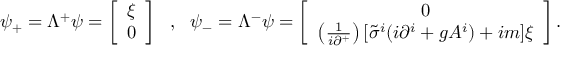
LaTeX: \psi _ { + } = \Lambda ^ { + } \psi = \left[ \begin{array} { l } { { \xi } } \\ { { 0 } } \end{array} \right] ~ ~ , ~ ~ \psi _ { - } = \Lambda ^ { - } \psi = \left[ \begin{array} { c } { { 0 } } \\ { { \left( \frac { 1 } { i \partial ^ { + } } \right) [ \tilde { \sigma } ^ { i } ( i \partial ^ { i } + g A ^ { i } ) + i m ] \xi } } \end{array} \right] .